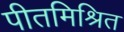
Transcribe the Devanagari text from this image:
पीतमिश्रित